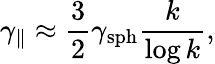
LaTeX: \gamma_{\parallel}\approx\frac{3}{2}\gamma_{\mathrm{sph}}\frac{k}{\log k},